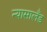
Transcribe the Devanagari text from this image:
न्यासालँड